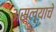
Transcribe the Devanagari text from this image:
असल्‍याचे